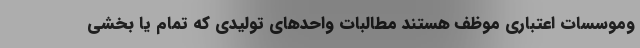
وموسسات اعتباری موظف هستند مطالبات واحدهای تولیدی که تمام یا بخشی